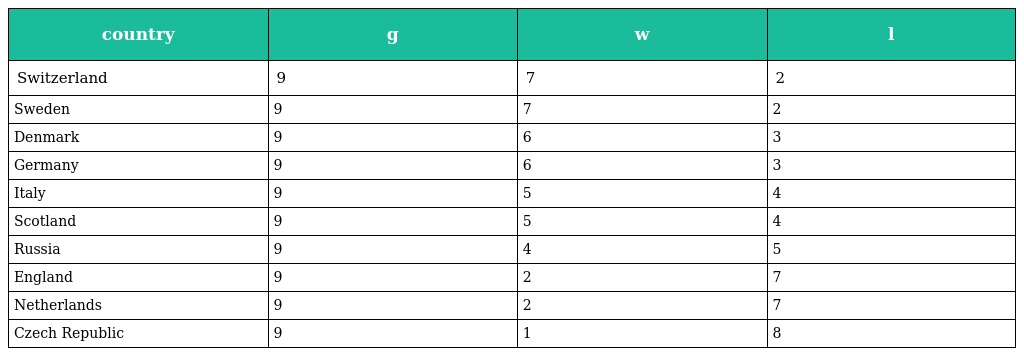
| country | g | w | l |
 | --- | --- | --- | --- |
 | Switzerland | 9 | 7 | 2 |
 | Sweden | 9 | 7 | 2 |
 | Denmark | 9 | 6 | 3 |
 | Germany | 9 | 6 | 3 |
 | Italy | 9 | 5 | 4 |
 | Scotland | 9 | 5 | 4 |
 | Russia | 9 | 4 | 5 |
 | England | 9 | 2 | 7 |
 | Netherlands | 9 | 2 | 7 |
 | Czech Republic | 9 | 1 | 8 |